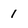
Character: 1